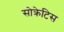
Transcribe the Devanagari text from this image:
सोक्रेटिस